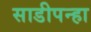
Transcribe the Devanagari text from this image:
साडीपन्हा